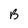
Character: B